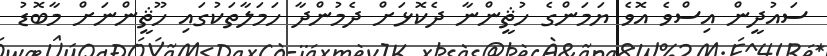
ސައުދީން އިސްވެ އޮވެ ޔަމަންގެ ހުޘީންނާ ދެކޮޅަށް ދެމުންދާ ހަމަލާތަކުގައި ހޫޘީންނަށް މާބޮޑު